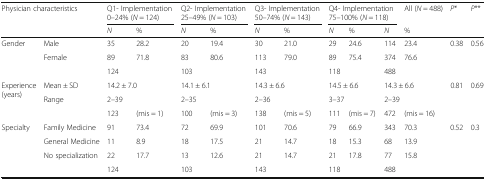
| <ROWSPAN=2-COLSPAN=2> Physician characteristics | <COLSPAN=2> Q1- Implementation 0–24% (N = 124) | <COLSPAN=2> Q2- Implementation 25–49% (N = 103) | <COLSPAN=2> Q3- Implementation 50–74% (N = 143) | <COLSPAN=3> Q4- Implementation 75–100% (N = 118) | All (N = 488) | P* | P** |
 | N | % | N | % | N | % | N | % | N | % |  |  |
 | --- | --- | --- | --- | --- | --- | --- | --- | --- | --- | --- | --- | --- | --- |
 | Gender | Male | 35 | 28.2 | 20 | 19.4 | 30 | 21.0 | 29 | 24.6 | 114 | 23.4 | <ROWSPAN=3> 0.38 | <ROWSPAN=3> 0.56 |
 |  | Female | 89 | 71.8 | 83 | 80.6 | 113 | 79.0 | 89 | 75.4 | 374 | 76.6 |
 |  |  | 124 |  | 103 |  | 143 |  | 118 |  | 488 |  |
 | <ROWSPAN=2> Experience (years) | Mean ± SD | <COLSPAN=2> 14.2 ± 7.0 | <COLSPAN=2> 14.1 ± 6.1 | <COLSPAN=2> 14.3 ± 6.6 | <COLSPAN=2> 14.5 ± 6.6 | <COLSPAN=2> 14.3 ± 6.6 | <ROWSPAN=3> 0.81 | <ROWSPAN=3> 0.69 |
 | Range | <COLSPAN=2> 2–39 | <COLSPAN=2> 2–35 | <COLSPAN=2> 2–36 | <COLSPAN=2> 3–37 | <COLSPAN=2> 2–39 |
 |  |  | 123 | (mis = 1) | 100 | (mis = 3) | 138 | (mis = 5) | 111 | (mis = 7) | 472 | (mis = 16) |
 | Specialty | Family Medicine | 91 | 73.4 | 72 | 69.9 | 101 | 70.6 | 79 | 66.9 | 343 | 70.3 | <ROWSPAN=4> 0.52 | <ROWSPAN=4> 0.3 |
 |  | General Medicine | 11 | 8.9 | 18 | 17.5 | 21 | 14.7 | 18 | 15.3 | 68 | 13.9 |
 |  | No specialization | 22 | 17.7 | 13 | 12.6 | 21 | 14.7 | 21 | 17.8 | 77 | 15.8 |
 |  |  | 124 |  | 103 |  | 143 |  | 118 |  | 488 |  |